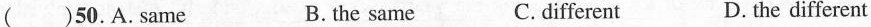
( )50. A. same B.the same C.different D. the different